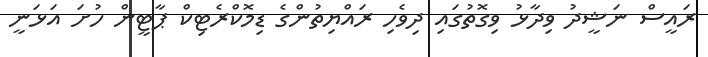
ރައީސް ނަޝީދު ވިދާޅު ވިގޮތުގައި ދިވެހި ރައްޔިތުންގެ ޑިމޮކްރެޓިކް ޕާޓީން ހުށަ އަޅަނީ